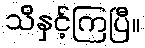
သိနှင့်ကြပြီ။